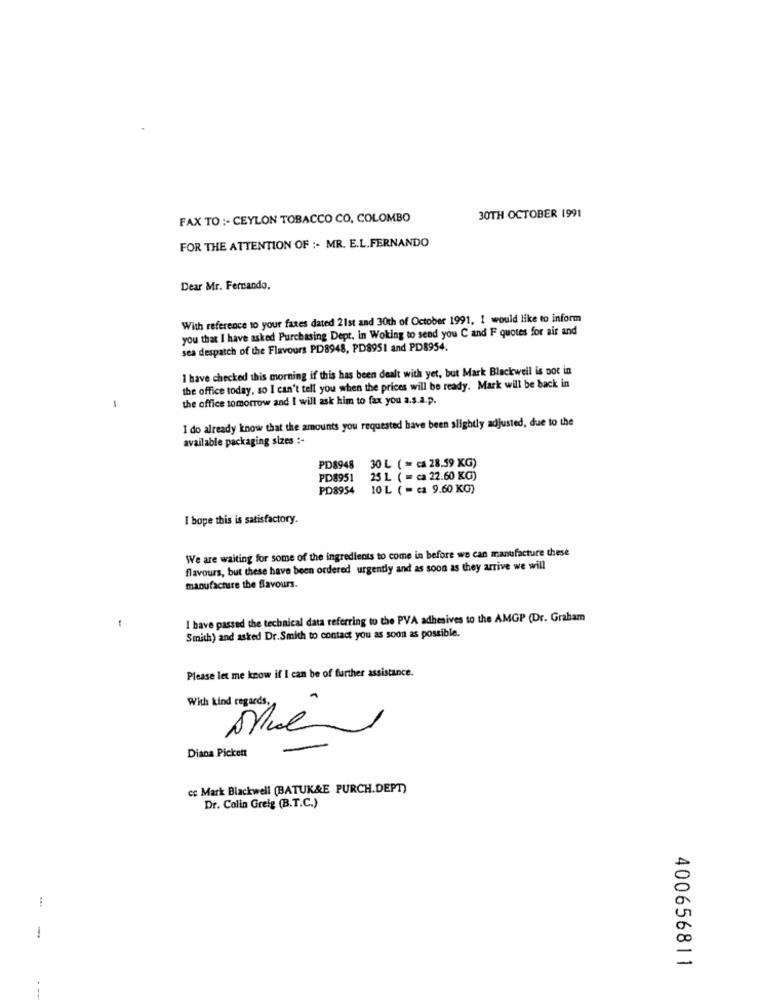
FAX TO :- CEYLON TOBACCO CO, COLOMBO
30TH OCTOBER 1991
FOR THE ATTENTION OF ;. MR. E.L.FERNANDO
Dear Mr. Fernando.
With reference to your faxes dated 21st and 30th of October 1991, 1 would like to inform
you that I have asked Purchasing Dept. in Woking to send you C and F quotes for air and
sea despatch of the Flavours PD8948, PD8951 and PD8954.
I have checked this morning if this has been dealt with yet, but Mark Blackwell is pot in
the office today, so I can't tell you when the prices will be ready. Mark will be back in
the office tomorrow and I will ask him to fax you a.s.a.p.
I do already know that the amounts you requested have been slightly adjusted, due to the
available packaging sizes :-
PD8948 30 L ( = ca 28.59 KG)
PD8951
25 L. ( = ca 22.60 KG)
PD8954
10 L ( = ca 9.60 KG)
I hope this is satisfactory.
We are waiting for some of the ingredients to come in before we can manufacture these
flavours, but these have been ordered urgently and as soon as they arrive we will
manufacture the flavours.
I have passed the technical data referring to the PVA adhesives to the AMGP (Dr. Graham
Smith) and asked Dr.Smith to contact you as soon as possible.
Please let me know if I can be of further assistance.
With kind regards.
Diana Pickett
cc Mark Blackwell (BATUK&E PURCH.DEPT)
Dr. Colin Greig (B.T.C.)
-
400656811